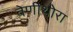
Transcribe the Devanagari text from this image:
वेणीथोरा